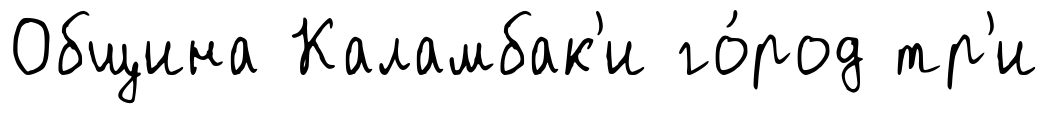
Община Каламбак'и го́род тр'и